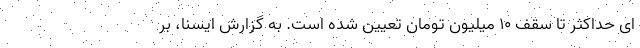
ای حداکثر تا سقف ۱۰ میلیون تومان تعیین شده است. به گزارش ایسنا، بر